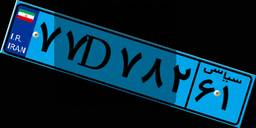
۷۷D۷۸۲۶۱